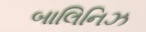
બાલિનિઝ